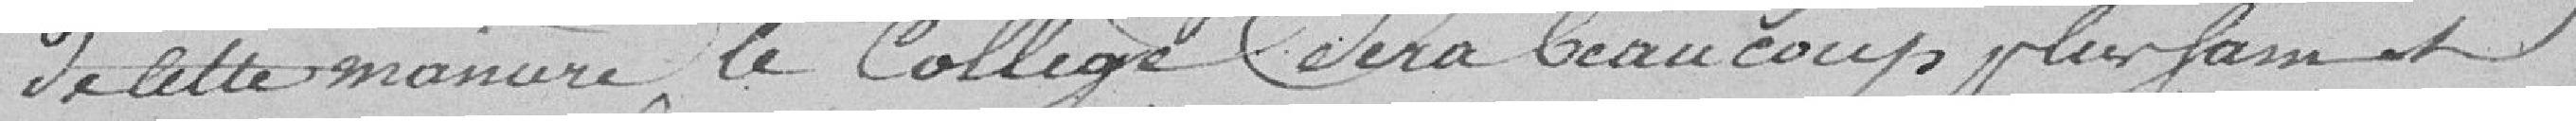
De cette manière, le Collège sera beaucoup plus ........